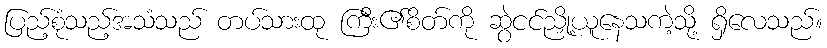
ပြည့်စုံသည့်အသံသည် တပ်သားထု ကြီး၏စိတ်ကို ဆွဲငင်ညှို့ယူနေသကဲ့သို့ ရှိလေသည်။